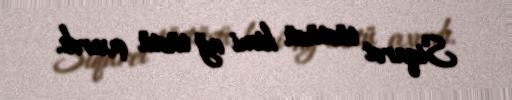
Siqaret tüstüsü kimi ağ tüstü çıxırdı.